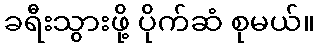
ခရီးသွားဖို့ ပိုက်ဆံ စုမယ်။